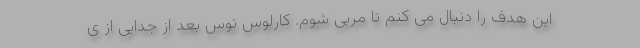
این هدف را دنبال می کنم تا مربی شوم. کارلوس توس بعد از جدایی از ی